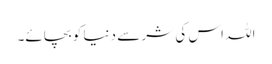
اللہ اس کی شر سے دنیا کو بچائے۔